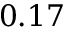
0 . 1 7